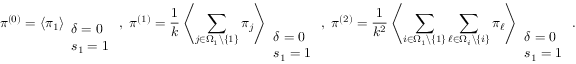
\pi ^ { ( 0 ) } = \left\langle \pi _ { 1 } \right\rangle _ { \begin{array} { l } { \delta = 0 } \\ { s _ { 1 } = 1 } \end{array} } , ~ \pi ^ { ( 1 ) } = \frac { 1 } { k } \left\langle \sum _ { j \in \Omega _ { 1 } \backslash \{ 1 \} } \pi _ { j } \right\rangle _ { \begin{array} { l } { \delta = 0 } \\ { s _ { 1 } = 1 } \end{array} } , ~ \pi ^ { ( 2 ) } = \frac { 1 } { k ^ { 2 } } \left\langle \sum _ { i \in \Omega _ { 1 } \backslash \{ 1 \} } \sum _ { \ell \in \Omega _ { i } \backslash \{ i \} } \pi _ { \ell } \right\rangle _ { \begin{array} { l } { \delta = 0 } \\ { s _ { 1 } = 1 } \end{array} } .